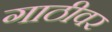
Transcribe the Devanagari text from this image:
गाठीवर